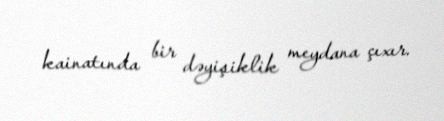
kainatında bir dəyişiklik meydana çıxır.